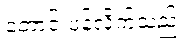
တောင်းပန်လိုက်သည်